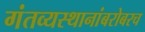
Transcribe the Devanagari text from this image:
गंतव्यस्थानांबरोबरच